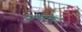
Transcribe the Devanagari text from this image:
प्रहृष्यद्रोमाणः